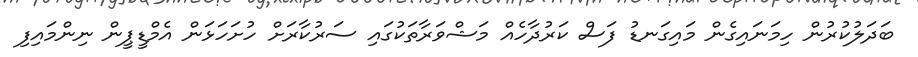
ބަދަލުކުރުން ހިމަނައިގެން މައިގަނޑު ފަސް ކަރުދާހެއް މަޝްވަރާތަކުގައި ސަރުކާރަށް ހުށަހަޅަން އެމްޑީޕީން ނިންމައިފި